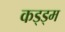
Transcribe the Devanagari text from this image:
कड्ड्म